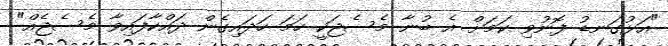
"އަޅުގަނޑު ފޮނުވި ކަމަށް އެ ބުނާ މެސެޖަކީ ހަމަ ހަދައިގެން ދައްކާފައިވާ މެސެޖެއް"